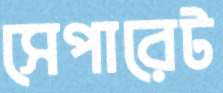
সেপারেট